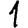
Digit: 1